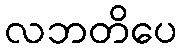
လဘတိပေ